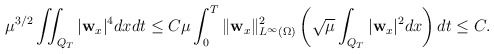
\begin{align*} \mu^{3/2}\iint_{Q_T} |\mathbf{w}_{x}|^4dxdt \leq C \mu \int_0^T \|\mathbf{w}_{x}\|_{L^\infty(\Omega)}^2 \left(\sqrt{ \mu}\int_{Q_T}|\mathbf{w}_x|^2dx\right)dt\leq C. \end{align*}